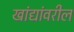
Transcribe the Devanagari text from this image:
खांद्यांवरील